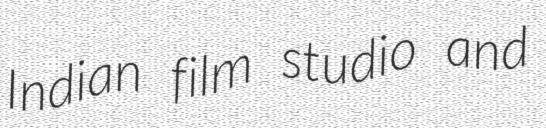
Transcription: Indian film studio and